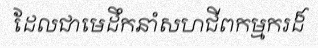
ដែលជាមេដឹកនាំសហជីពកម្មករដ៏